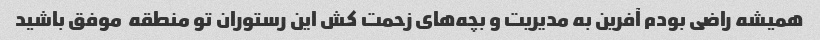
همیشه راضی بودم آفرین به مدیریت و بچه‌های زحمت کش این رستوران تو منطقه  موفق باشید